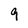
Character: 9